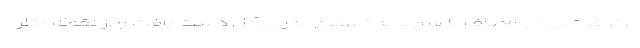
برتر فوتبال در مصاف با سایپا به تساوی بدون گل دست یافت و از نقطه نظر